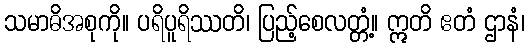
သမာဓိအစုကို။ ပရိပူရိဿတိ၊ ပြည့်စေလတ္တံ့။ ဣတိ ဧတံ ဌာနံ၊